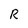
Character: R